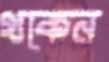
থকেন